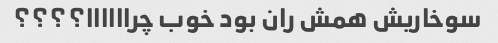
سوخاریش همش ران بود خوب چراااااا؟؟؟؟